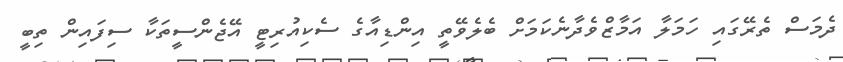
ދެމަސް ތެރޭގައި ހަމަލާ އަމާޒްވެދާނެކަމަށް ބެލެވޭތީ އިންޑިއާގެ ސެކިއުރިޓީ އޭޖެންސީތަކާ ސިފައިން ތިބީ